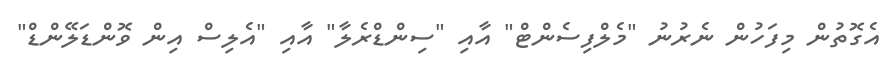
އެގޮތުން މިފަހުން ނެރުނު "މެލްފިސެންޓް" އާއި "ސިންޑްރެލާ" އާއި "އެލިސް އިން ވޮންޑަލޭންޑް"